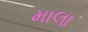
માલા